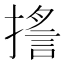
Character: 㨱